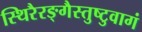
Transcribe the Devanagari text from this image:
स्थिरैरङ्गैस्तुष्टुवागं